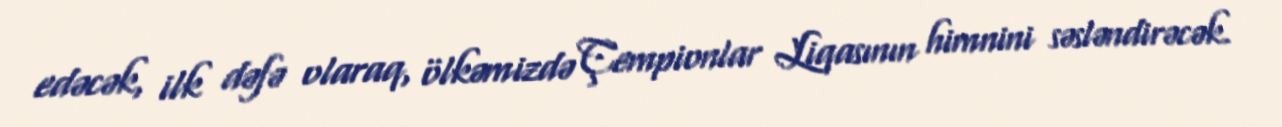
edəcək, ilk dəfə olaraq, ölkəmizdə Çempionlar Liqasının himnini səsləndirəcək.